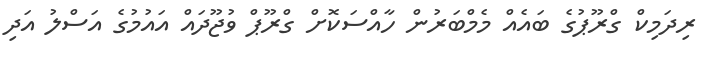
ރިދަމިކް ގްރޫޕުގެ ބައެއް މެމްބަރުން ހާއްސަކޮށް ގްރޫޕް ވުޖޫދައް އައުމުގެ އަސްލު އަދި